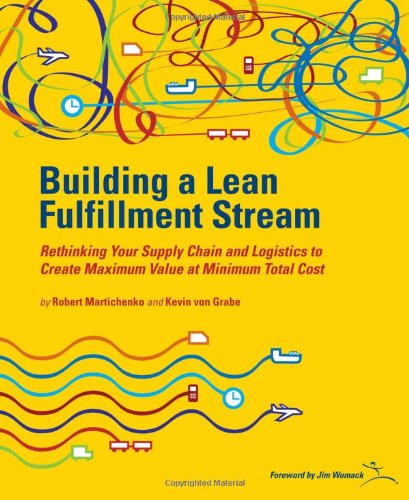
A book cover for Building a Lean Fullfillment Stream: Rethinking Your Supply Chain and Logistics to Create Maximum Value at Minimum Total Cost; Robert Martichenko; Business & Money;